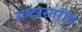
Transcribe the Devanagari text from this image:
राष्ट्रस्तरीय